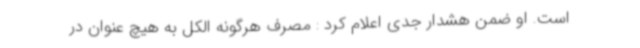
است. او ضمن هشدار جدی اعلام کرد : مصرف هرگونه الکل به هیچ عنوان در